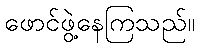
ဖောင်ဖွဲ့နေကြသည်။